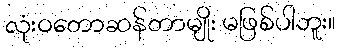
လုံးဝတောဆန်တာမျိုး မဖြစ်ပါဘူး။